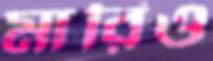
মারিও